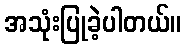
အသုံးပြုခဲ့ပါတယ်။